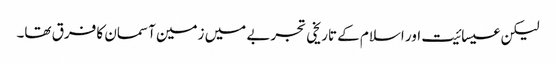
لیکن عیسائیت اور اسلام کے تاریخی تجربے میں زمین آسمان کا فرق تھا۔